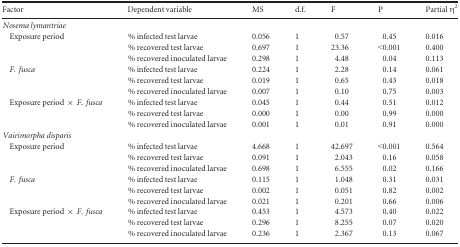
<table><thead><tr><td><b>Factor</b></td><td><b>Dependent variable</b></td><td><b>MS</b></td><td><b>d.f.</b></td><td><b>F</b></td><td><b>P</b></td><td><b>Partial η<sup>2</sup></b></td></tr></thead><tbody><tr><td colspan="7"><i>Nosema lymantriae</i></td></tr><tr><td rowspan="3"> Exposure period</td><td>% infected test larvae</td><td>0.056</td><td>1</td><td>0.57</td><td>0.45</td><td>0.016</td></tr><tr><td>% recovered test larvae</td><td>0.697</td><td>1</td><td>23.36</td><td>&lt;0.001</td><td>0.400</td></tr><tr><td>% recovered inoculated larvae</td><td>0.298</td><td>1</td><td>4.48</td><td>0.04</td><td>0.113</td></tr><tr><td rowspan="3"> <i>F. fusca</i></td><td>% infected test larvae</td><td>0.224</td><td>1</td><td>2.28</td><td>0.14</td><td>0.061</td></tr><tr><td>% recovered test larvae</td><td>0.019</td><td>1</td><td>0.65</td><td>0.43</td><td>0.018</td></tr><tr><td>% recovered inoculated larvae</td><td>0.007</td><td>1</td><td>0.10</td><td>0.75</td><td>0.003</td></tr><tr><td rowspan="3"> Exposure period × <i>F</i>. <i>fusca</i></td><td>% infected test larvae</td><td>0.045</td><td>1</td><td>0.44</td><td>0.51</td><td>0.012</td></tr><tr><td>% recovered test larvae</td><td>0.000</td><td>1</td><td>0.00</td><td>0.99</td><td>0.000</td></tr><tr><td>% recovered inoculated larvae</td><td>0.001</td><td>1</td><td>0.01</td><td>0.91</td><td>0.000</td></tr><tr><td colspan="7"><i>Vairimorpha disparis</i></td></tr><tr><td rowspan="3"> Exposure period</td><td>% infected test larvae</td><td>4.668</td><td>1</td><td>42.697</td><td>&lt;0.001</td><td>0.564</td></tr><tr><td>% recovered test larvae</td><td>0.091</td><td>1</td><td>2.043</td><td>0.16</td><td>0.058</td></tr><tr><td>% recovered inoculated larvae</td><td>0.698</td><td>1</td><td>6.555</td><td>0.02</td><td>0.166</td></tr><tr><td rowspan="3"> <i>F. fusca</i></td><td>% infected test larvae</td><td>0.115</td><td>1</td><td>1.048</td><td>0.31</td><td>0.031</td></tr><tr><td>% recovered test larvae</td><td>0.002</td><td>1</td><td>0.051</td><td>0.82</td><td>0.002</td></tr><tr><td>% recovered inoculated larvae</td><td>0.021</td><td>1</td><td>0.201</td><td>0.66</td><td>0.006</td></tr><tr><td rowspan="3"> Exposure period × <i>F</i>. <i>fusca</i></td><td>% infected test larvae</td><td>0.453</td><td>1</td><td>4.573</td><td>0.40</td><td>0.022</td></tr><tr><td>% recovered test larvae</td><td>0.296</td><td>1</td><td>8.255</td><td>0.07</td><td>0.020</td></tr><tr><td>% recovered inoculated larvae</td><td>0.236</td><td>1</td><td>2.367</td><td>0.13</td><td>0.067</td></tr></tbody></table>